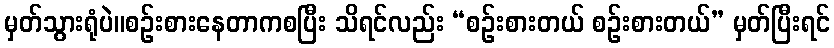
မှတ်သွားရုံပဲ။စဉ်းစားနေတာကစပြီး သိရင်လည်း “စဉ်းစားတယ် စဉ်းစားတယ်” မှတ်ပြီးရင်